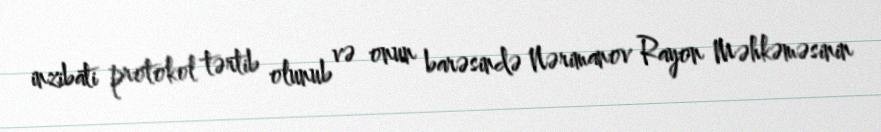
inzibati protokol tərtib olunub və onun barəsində Nərimanov Rayon Məhkəməsinin